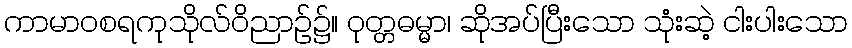
ကာမာဝစရကုသိုလ်ဝိညာဉ်၌။ ဝုတ္တဓမ္မာ၊ ဆိုအပ်ပြီးသော သုံးဆဲ့ ငါးပါးသော